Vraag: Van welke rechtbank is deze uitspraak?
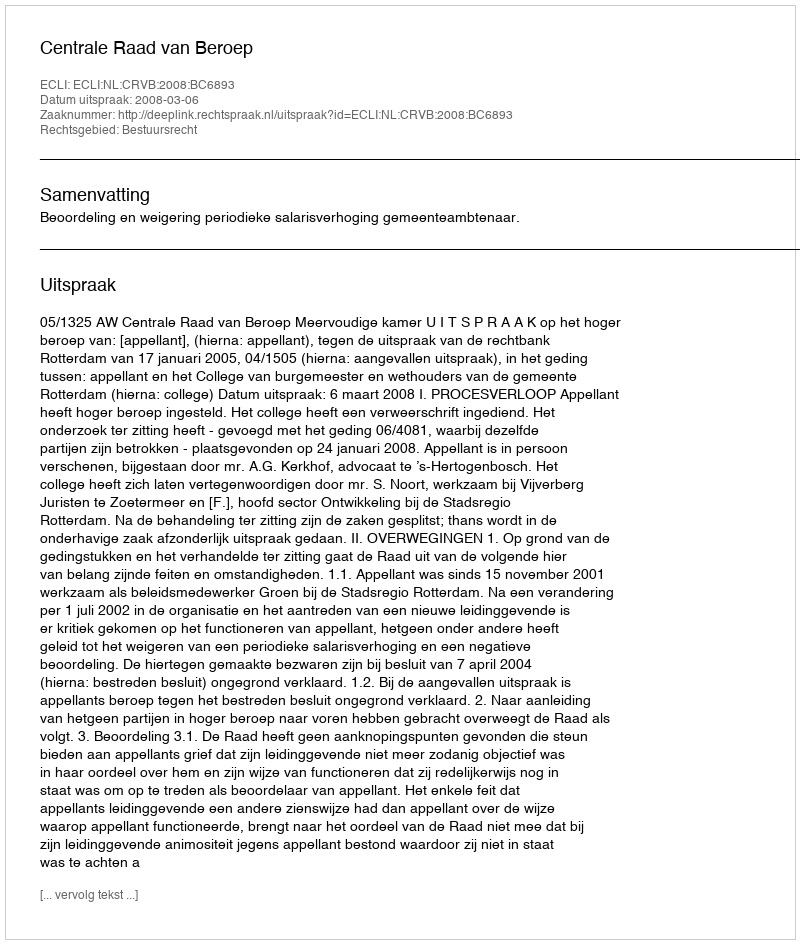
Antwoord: Centrale Raad van Beroep